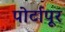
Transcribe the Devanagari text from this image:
पोर्टापूर